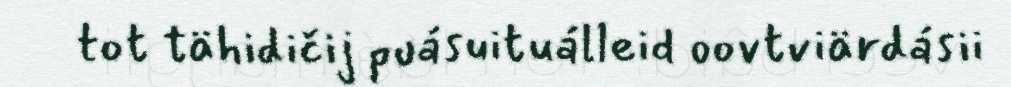
tot tähidičij puásuituálleid oovtviärdásii